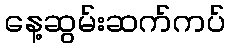
နေ့ဆွမ်းဆက်ကပ်